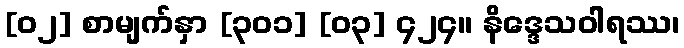
[၀၂] စာမျက်နှာ [၃၀၁] [၀၃] ၄၂၄။ နိဒ္ဒေသဝါရဿ၊